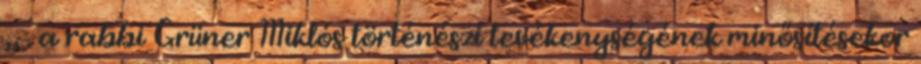
„ . a rabbi Grüner Miklós történészi tevékenységének minősítésekor